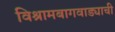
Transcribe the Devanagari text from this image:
विश्रामबागवाड्याची